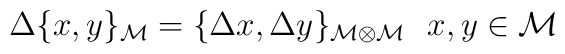
\Delta \{ x,y\}_{{\cal M}}=\{\Delta x,\Delta y\}_{{\cal M\otimes}{\cal M}}~~x,y\in {\cal M}